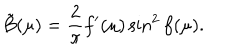
LaTeX: { \tilde { B } } ( \mu ) = \frac { 2 } { \pi } f ^ { \prime } ( \mu ) \sin ^ { 2 } f ( \mu ) .